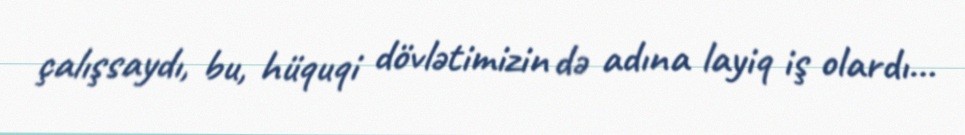
çalışsaydı, bu, hüquqi dövlətimizin də adına layiq iş olardı...